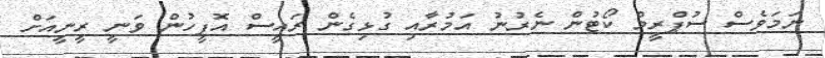
ނަމަވެސް ސުޕްރީމް ކޯޓުން ނެރުނު އަމުރާއި ގުޅިގެން ރައީސް އޮފީހުން ވަނީ ރީނީއަށް